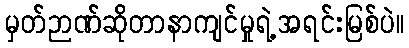
မှတ်ဉာဏ်ဆိုတာနာကျင်မှုရဲ့အရင်းမြစ်ပဲ။